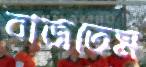
বাজতেম